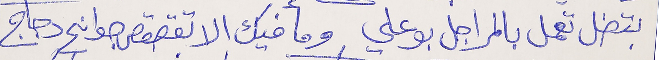
بتضل تعمل بالمراجل بو علي   وما فيك الا تقصقص جوانِح دجاج